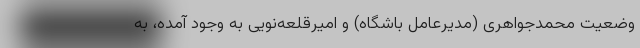
وضعیت محمدجواهری (مدیرعامل باشگاه) و امیرقلعه‌نویی به وجود آمده، به